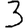
Digit: 3